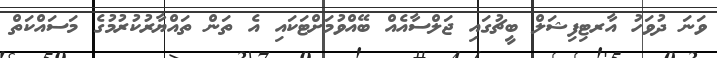
ވަނަ ދުވަހު އާރޓިފިޝަލް ބީޗުގައި ޖަލްސާއެއް ބޭއްވުމަށްޓަކައި އެ ތަން ތައްޔާރުކުރުމުގެ މަސައްކަތް